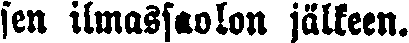
sen ilmassaolon jälkeen.